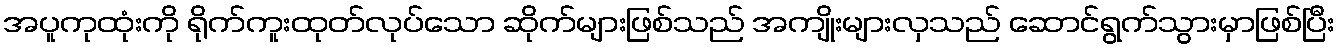
အပူကုထုံးကို ရိုက်ကူးထုတ်လုပ်သော ဆိုက်များဖြစ်သည် အကျိုးများလှသည် ဆောင်ရွက်သွားမှာဖြစ်ပြီး